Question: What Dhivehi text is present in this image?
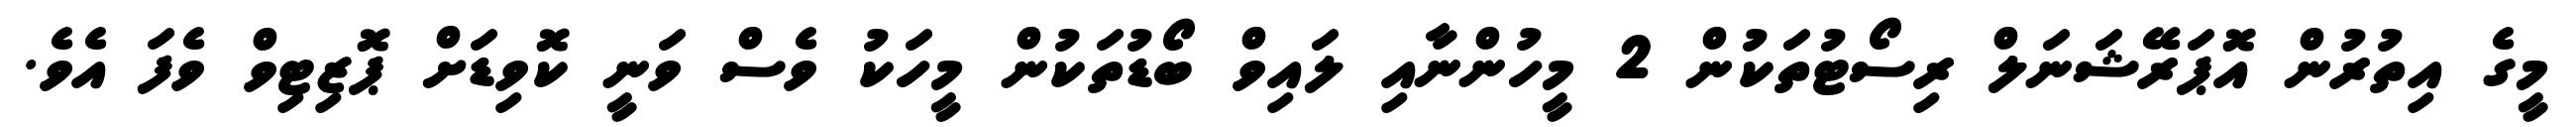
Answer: މީގެ އިތުރުން އޮޕަރޭޝަނަލް ރިސޯޓުތަކުން 2 މީހުންނާއި ލައިވް ބޯޑުތަކުން މީހަކު ވެސް ވަނީ ކޮވިޑަށް ޕޮޒިޓިވް ވެފަ އެވެ.